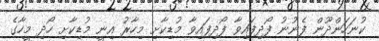
ކުނަހަންދޫން ފެނުނު ފޯދިފައިވާ ފޯދިފައިވާ މުޑިކާށި މިހާރު އިނީ މުޑިކާށި ހޯދި މީހާގެ